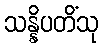
သန္နိပတိံသု